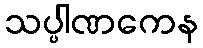
သပ္ပါဏကေန